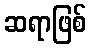
ဆရာဖြစ်